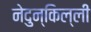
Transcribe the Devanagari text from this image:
नेदुन्किल्ली